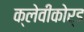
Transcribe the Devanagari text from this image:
क्लेवीकोर्ड